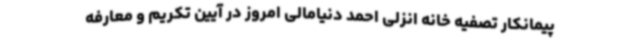
پیمانکار تصفیه خانه انزلی احمد دنیامالی امروز در آیین تکریم و معارفه